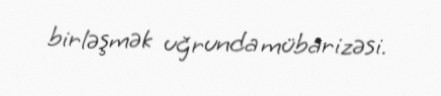
birləşmək uğrunda mübarizəsi.